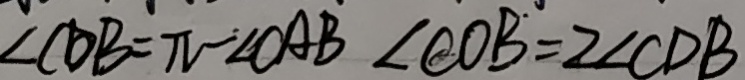
\angle C D B = \pi - \angle C A B \angle C O B = 2 \angle C D B